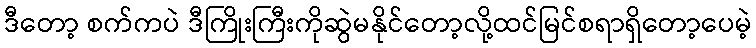
ဒီတော့ စက်ကပဲ ဒီကြိုးကြီးကိုဆွဲမနိုင်တော့လို့ထင်မြင်စရာရှိတော့ပေမဲ့